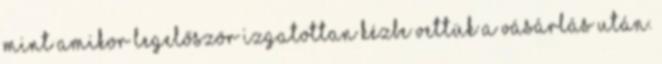
mint amikor legelőször izgatottan kézbe vettük a vásárlás után.